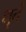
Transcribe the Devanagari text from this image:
धृतं